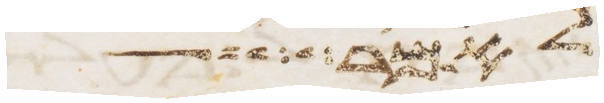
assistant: לאמר